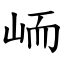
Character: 峏